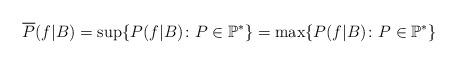
LaTeX: \begin{align*}\overline{P}(f\vert B)=\sup\{P(f\vert B)\colon P\in\mathbb{P}^*\}=\max\{P(f\vert B)\colon P\in\mathbb{P}^*\}~~\end{align*}